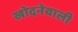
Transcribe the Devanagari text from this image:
खोदनेवाली